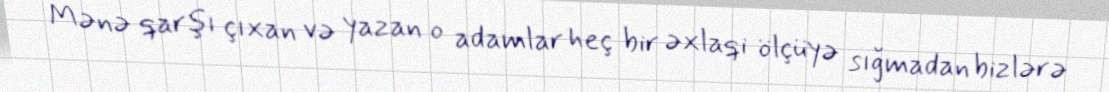
Mənə qarşı çıxan və yazan o adamlar heç bir əxlaqi ölçüyə sığmadan bizlərə